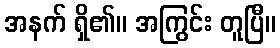
အနက် ရှိ၏။ အကြွင်း တူပြီ။